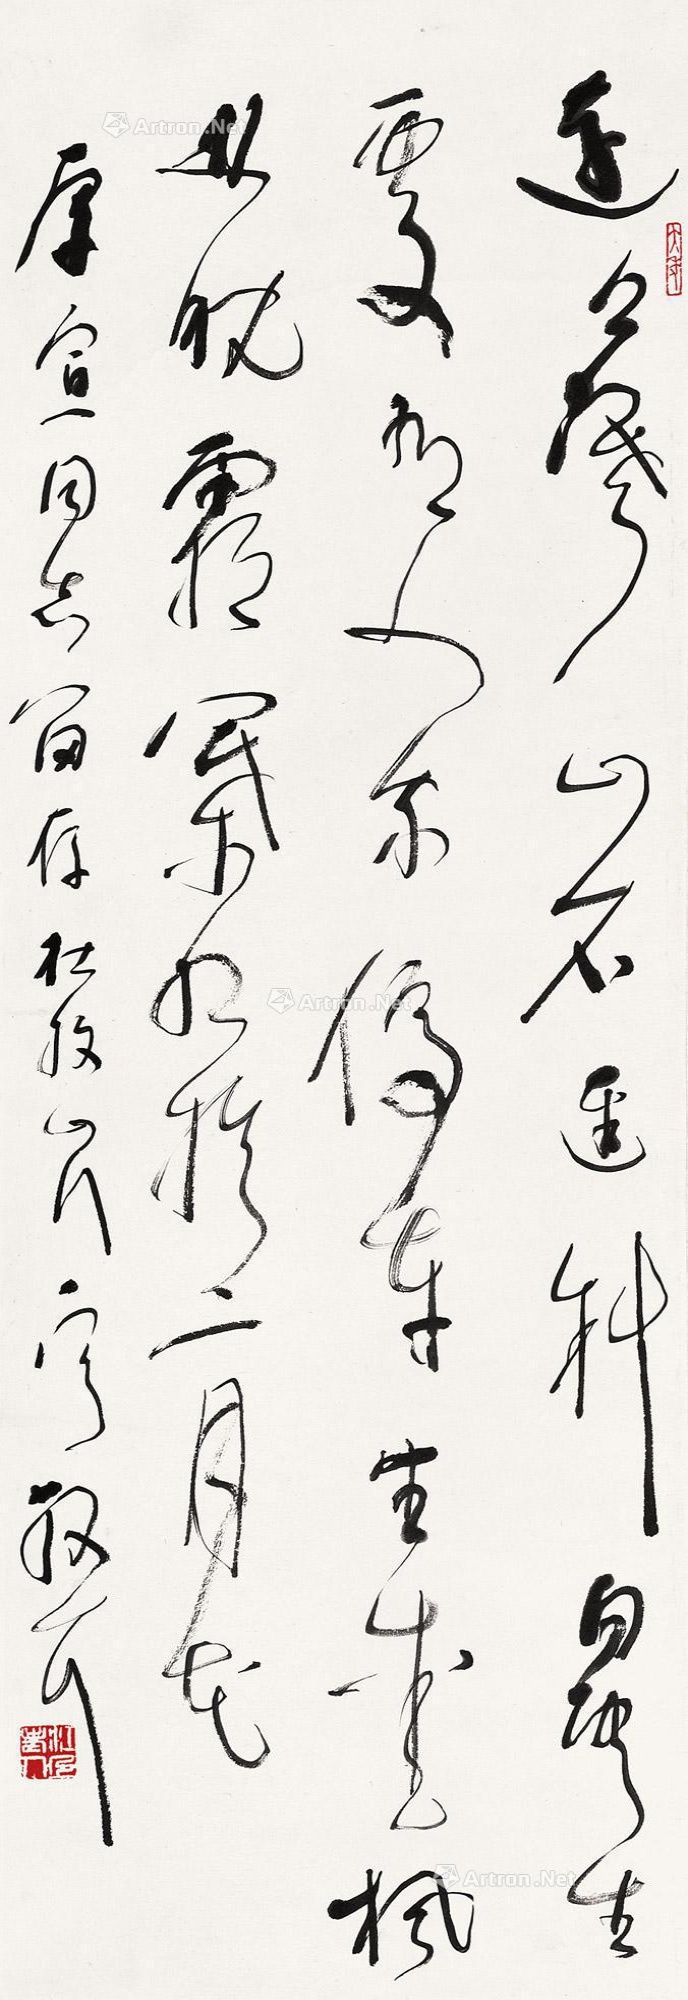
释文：远上寒山石径斜，白云生处有人家。停车坐爱枫林晚，霜叶红于二月花。厚宣同志留存，杜牧《山行》一首，散耳。